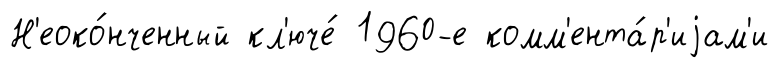
Н'еоко́нченный кл'юче́ 1960-е комм'ента́р'иjам'и